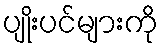
ပျိုးပင်များကို